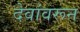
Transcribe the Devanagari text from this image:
देवांवरून